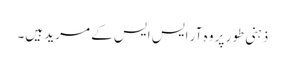
ذہنی طور پر وہ آر ایس ایس کے مرید ہیں۔